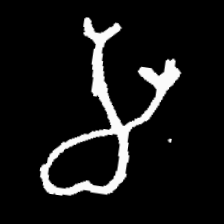
Pyu character \u2014 Myanmar letter: မ (romanized: ma)